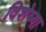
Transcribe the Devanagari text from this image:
विशेष्या